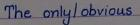
The only / obvious